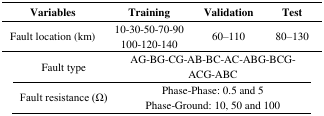
<table><thead><tr><td><b>Variables</b></td><td><b>Training</b></td><td><b>Validation</b></td><td><b>Test</b></td></tr></thead><tbody><tr><td>Fault location (km)</td><td>10-30-50-70-90100-120-140</td><td>60–110</td><td>80–130</td></tr><tr><td>Fault type</td><td colspan="3">AG-BG-CG-AB-BC-AC-ABG-BCG-ACG-ABC</td></tr><tr><td>Fault resistance (Ω)</td><td colspan="3">Phase-Phase: 0.5 and 5Phase-Ground: 10, 50 and 100</td></tr></tbody></table>